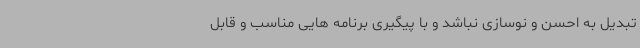
تبدیل به احسن و نوسازی نباشد و با پیگیری برنامه هایی مناسب و قابل